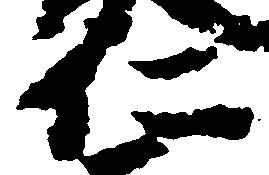
仁